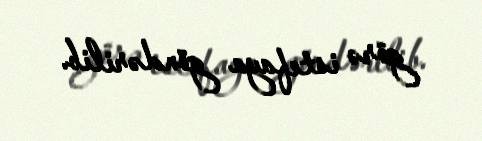
görə istefaya göndərilib.